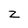
Character: Z